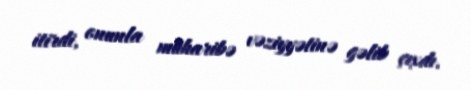
itirdi, onunla müharibə vəziyyətinə gəlib çıxdı.